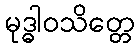
မုဒ္ဓါဝသိတ္တေ